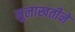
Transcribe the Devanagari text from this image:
मुलाखतीने